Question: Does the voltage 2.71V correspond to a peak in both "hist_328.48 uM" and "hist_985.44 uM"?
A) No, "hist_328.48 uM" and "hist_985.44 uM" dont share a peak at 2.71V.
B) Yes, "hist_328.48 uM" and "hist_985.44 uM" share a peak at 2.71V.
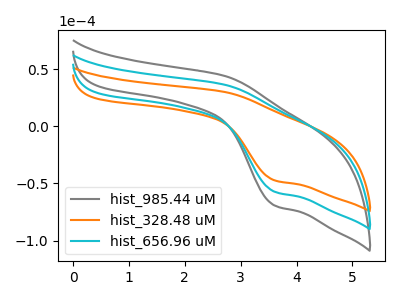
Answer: <think>The gray curve "hist_985.44 uM" has an anodic peak at (2.70V, 72.95uA) and a cathodic peak at (3.60V, -114.40uA). The orange curve "hist_328.48 uM" has an anodic peak at (2.70V, 30.15uA) and a cathodic peak at (3.60V, -47.25uA). The cyan curve "hist_656.96 uM" has an anodic peak at (2.70V, 36.50uA) and a cathodic peak at (3.60V, -57.20uA).</think>
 <answer>B) Yes, "hist_328.48 uM" and "hist_985.44 uM" share a peak at 2.71V.</answer>
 <eval>B</eval>